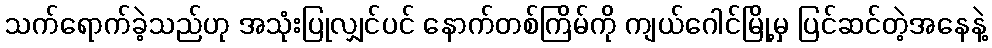
သက်ရောက်ခဲ့သည်ဟု အသုံးပြုလျှင်ပင် နောက်တစ်ကြိမ်ကို ကျယ်ဂေါင်မြို့မှ ပြင်ဆင်တဲ့အနေနဲ့